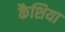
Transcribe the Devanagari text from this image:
कैशिया